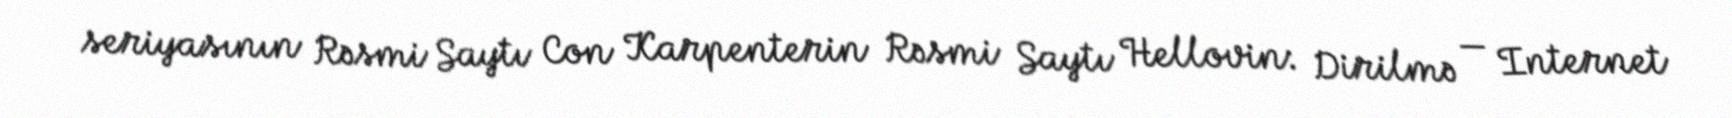
seriyasının Rəsmi Saytı Con Karpenterin Rəsmi Saytı Hellovin: Dirilmə — Internet